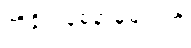
ထိခိုက်နစ်နာမှုများကို